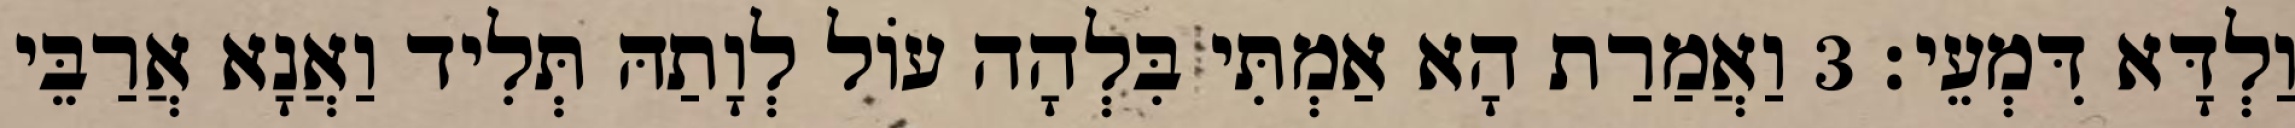
וַלְדָּא דִּמְעֵי׃ 3 וַאֲמַרַת הָא אַמְתִּי בִּלְהָה עוֹל לְוָתַהּ תְּלִיד וַאֲנָא אֲרַבֵּי